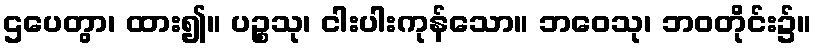
ဌပေတွာ၊ ထား၍။ ပဉ္စသု၊ ငါးပါးကုန်သော။ ဘဝေသု၊ ဘဝတိုင်း၌။